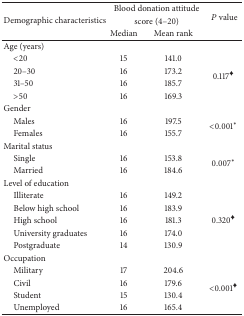
<table><thead><tr><td rowspan="3"><b>Demographic characteristics</b></td><td colspan="2"><b>Blood donation attitude</b></td><td rowspan="3"><b><i>P</i> value</b></td></tr><tr><td colspan="2"><b>score (4–20)</b></td></tr><tr><td><b>Median</b></td><td><b>Mean rank</b></td></tr></thead><tbody><tr><td>Age (years)</td><td> </td><td> </td><td> </td></tr><tr><td> &lt;20</td><td>15</td><td>141.0</td><td rowspan="4">0.117<sup>♦</sup></td></tr><tr><td> 20–30</td><td>16</td><td>173.2</td></tr><tr><td> 31–50</td><td>16</td><td>185.7</td></tr><tr><td> &gt;50</td><td>16</td><td>169.3</td></tr><tr><td>Gender</td><td> </td><td> </td><td> </td></tr><tr><td> Males</td><td>16</td><td>197.5</td><td rowspan="2">&lt;0.001<sup>*</sup></td></tr><tr><td> Females</td><td>16</td><td>155.7</td></tr><tr><td>Marital status</td><td> </td><td> </td><td> </td></tr><tr><td> Single</td><td>16</td><td>153.8</td><td rowspan="2">0.007<sup>*</sup></td></tr><tr><td> Married</td><td>16</td><td>184.6</td></tr><tr><td>Level of education</td><td> </td><td> </td><td> </td></tr><tr><td> Illiterate</td><td>16</td><td>149.2</td><td rowspan="5">0.320<sup>♦</sup></td></tr><tr><td> Below high school</td><td>16</td><td>183.9</td></tr><tr><td> High school</td><td>16</td><td>181.3</td></tr><tr><td> University graduates</td><td>16</td><td>174.0</td></tr><tr><td> Postgraduate</td><td>14</td><td>130.9</td></tr><tr><td>Occupation</td><td> </td><td> </td><td> </td></tr><tr><td> Military</td><td>17</td><td>204.6</td><td rowspan="4">&lt;0.001<sup>♦</sup></td></tr><tr><td> Civil</td><td>16</td><td>179.6</td></tr><tr><td> Student</td><td>15</td><td>130.4</td></tr><tr><td> Unemployed</td><td>16</td><td>165.4</td></tr></tbody></table>